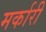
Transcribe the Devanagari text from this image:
मर्कारी